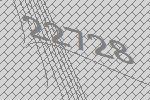
22728